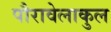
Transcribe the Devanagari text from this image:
पौरावेलाकुल